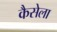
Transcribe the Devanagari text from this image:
कैसेला